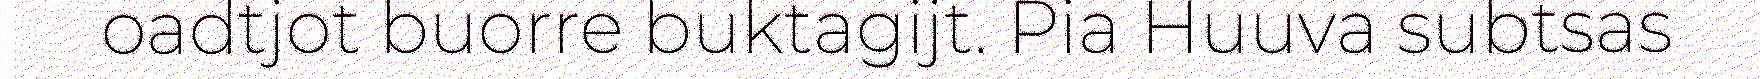
oadtjot buorre buktagijt. Pia Huuva subtsas